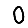
Digit: 0